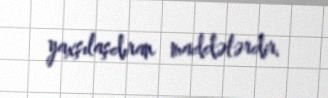
yaxşılaşdıran maddələrdir.